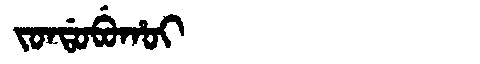
Manchu: ᠵᠣᠨᡩᠣᠪᡠᡥᠣᡳ
Romanization: JONDOBUHOI